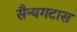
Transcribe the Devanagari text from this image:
सैन्यगटास